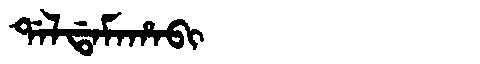
Manchu: ᡩᠠᠯᡩᠠᠮᠠᡥᠠᠪᡳ
Romanization: DALDAMAHABI